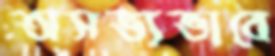
অসভ্যভাবে